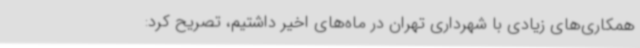
همکاری‌های زیادی با شهرداری تهران در ماه‌های اخیر داشتیم، تصریح کرد: